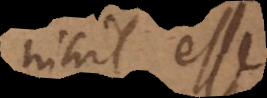
nihil esse